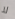
لا